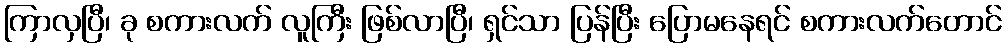
ကြာလှပြီ၊ ခု စကားလက် လူကြီး ဖြစ်လာပြီ၊ ရှင်သာ ပြန်ပြီး ပြောမနေရင် စကားလက်တောင်